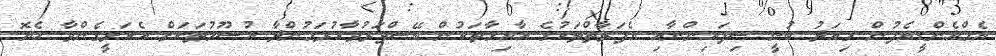
އެމްއެންޑީއެފުން މިއަދު ބުނީ ސިފައިންނާއި އެފަރާތްތަކުގެ އާއިލާތަކުން ބޭސްފަރުވާކުރަމުންދާ އުސޫލުތަކަށް އެކަށީގެންވާ ހެޔޮ